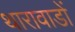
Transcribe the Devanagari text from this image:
थारावाडों